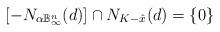
LaTeX: \begin{align*}[-N_{\alpha \mathbb B^n_\infty}(d)] \cap N_{K-\hat x}(d) = \{0\}\end{align*}